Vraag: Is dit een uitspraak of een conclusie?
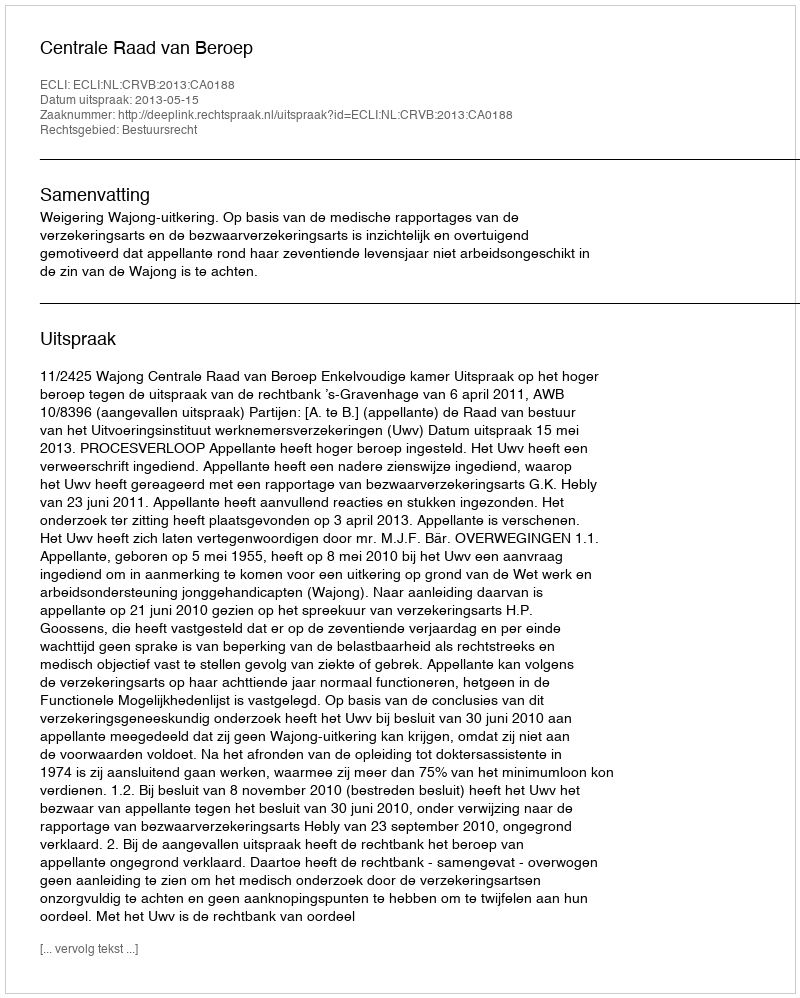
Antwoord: Uitspraak